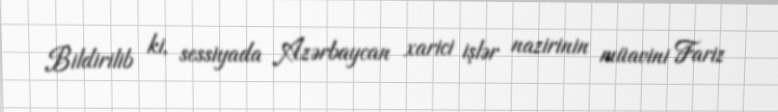
Bildirilib ki, sessiyada Azərbaycan xarici işlər nazirinin müavini Fariz